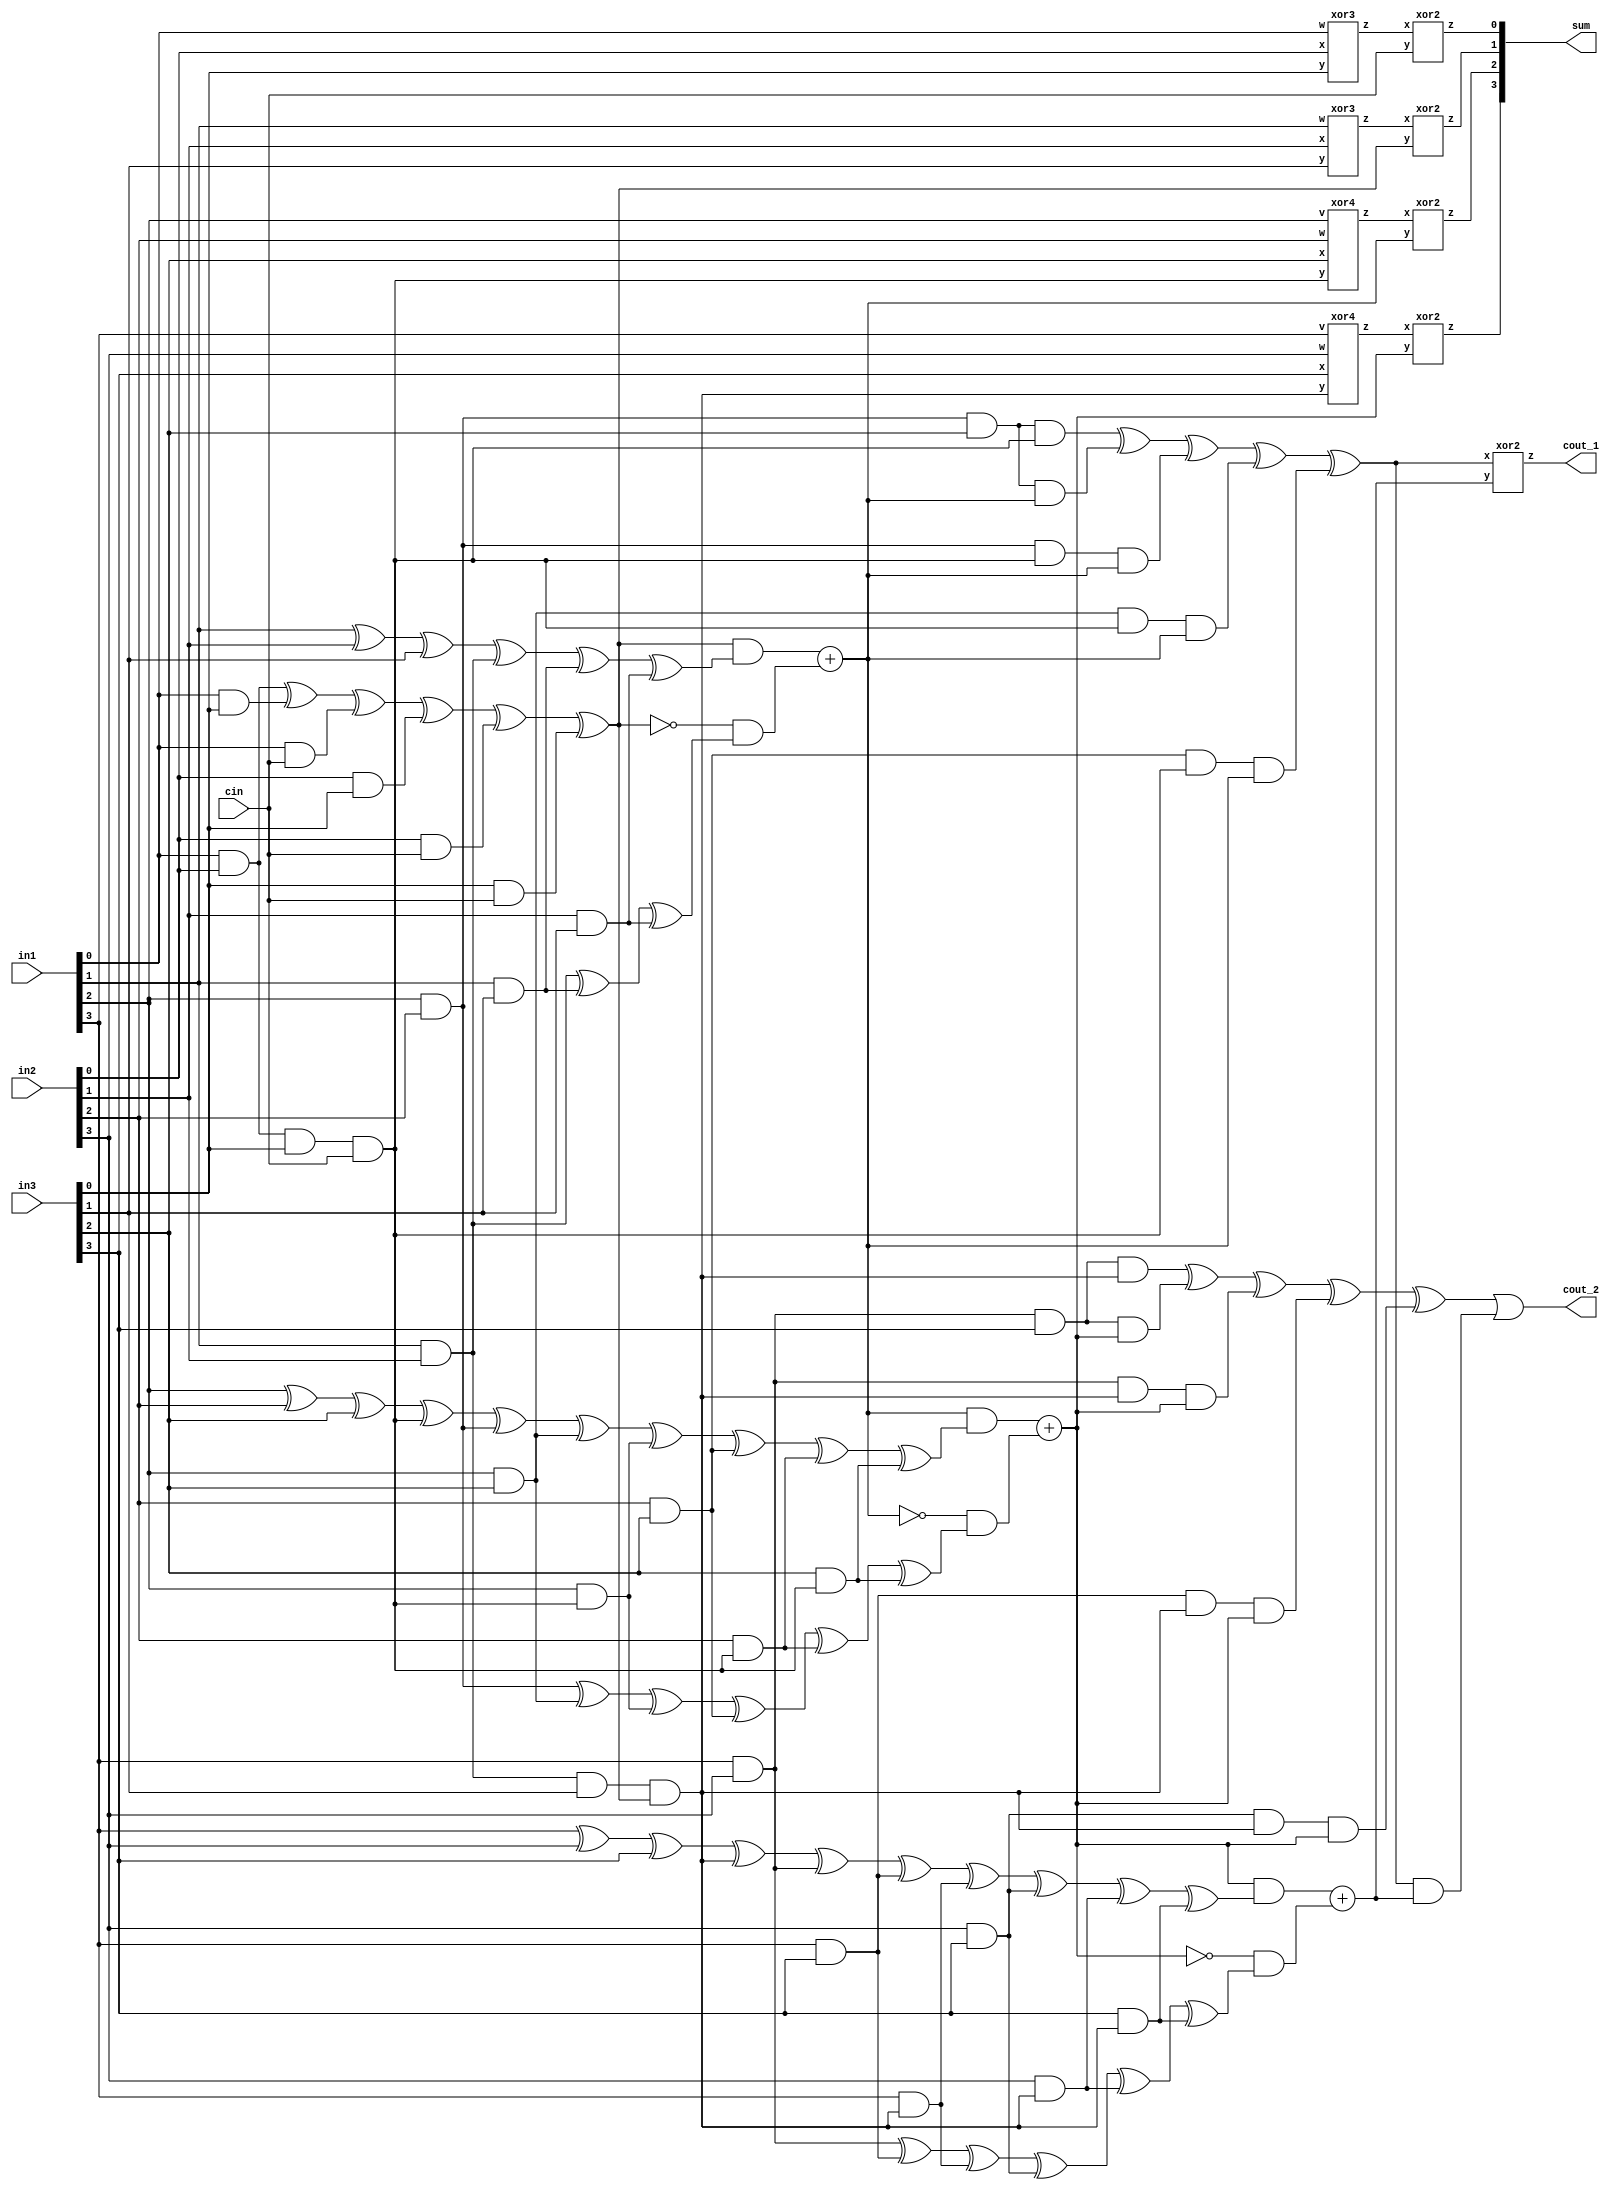
module carry_lookahead_adder_3_4bits(output [3:0] sum,
                                   output cout_1, cout_2,
                                   input [3:0] in1, in2, in3,
                                   input cin);

  /*
   * Area: 264.685196
   * Power: 0.1007
   * Timing: 0.74ns
   */

  wire a,b,c,d,e,f,g,h,i,j,k,l,m,n,o;

  wire [5:0] P, C;
  wire [3:0] D;

  xor3 XOR1(P[0], in1[0], in2[0], in3[0]);
  xor3 XOR2(P[1], in1[1], in2[1], in3[1]);
  xor4 XOR3(P[2], in1[2], in2[2], in3[2], D[0]);
  xor4 XOR4(P[3], in1[3], in2[3], in3[3], D[1]);
  assign P[4] =  D[2];
  assign P[5] =  D[3];

  and AND1(D[0], in1[0], in2[0], in3[0], C[0]);
  and AND2(D[1], in1[1], in2[1], in3[1], C[1]);

  assign D[2] = (in1[2] & in2[2] & in3[2] & D[0]) ^ (in1[2] & in2[2] & in3[2] & C[2]) ^ (in1[2] & in2[2] & D[0] & C[2]) ^ (in1[2] & in3[2] & D[0] & C[2]) ^ (in2[2] & in3[2] & D[0] & C[2]);
  assign D[3] = (in1[3] & in2[3] & in3[3] & D[1]) ^ (in1[3] & in2[3] & in3[3] & C[3]) ^ (in1[3] & in2[3] & D[1] & C[3]) ^ (in1[3] & in3[3] & D[1] & C[3]) ^ (in2[3] & in3[3] & D[1] & C[3]);


  assign C[0]   = cin;
  assign C[1]   = (in1[0] & in2[0]) ^ (in1[0] & in3[0]) ^ (in1[0] & C[0]) ^ (in2[0] & in3[0]) ^ (in2[0] & C[0])   ^ (in3[0] & C[0]);
  //xor2 XOR6(a, in1[0] & in2[0], in1[0] & in3[0]);
  //xor2 XOR7(b, in1[0] & C[0], in2[0] & in3[0]);
  //xor2 XOR8(c, in2[0] & C[0], in3[0] & C[0]);
  //xor3 XOR9(C[1], a, b, c);
  


  //assign C[2]   = (in1[1] & in2[1]) ^ (in1[1] & in3[1]) ^ (in1[1] & C[1]) ^ (in2[1] & in3[1]) ^ (in2[1] & C[1])   ^ (in3[1] & C[1]);
  //xor2 XOR10(d, in1[1] & in2[1], in1[1] & in3[1]);
  //xor2 XOR11(e, in1[1] & C[1], in2[1] & in3[1]);
  //xor2 XOR12(f, in2[1] & C[1], in3[1] & C[1]);
  //xor3 XOR13(C[2], d, e, f); 
  assign C[2] = (C[1] & (in1[1] ^ in2[1] ^ in3[1] ^ (in1[1] & in2[1]) ^ (in1[1] & in3[1]) ^ (in2[1] & in3[1]))) + (~C[1] & ((in1[1] & in2[1]) ^ (in1[1] & in3[1]) ^ (in2[1] & in3[1])));

  //assign C[3]   = (in1[2] & in2[2]) ^ (in1[2] & in3[2]) ^ (in1[2] & C[2]) ^ (in1[2] & D[0])   ^ (in2[2] & in3[2]) ^ (in2[2] & C[2]) ^ (in2[2] & D[0]) ^ (in3[2] & C[2]) ^ (in3[2] & D[0]) ^ (C[2] & D[0]);
  assign C[3]   = (C[2] & (in1[2] ^ in2[2] ^ in3[2] ^ D[0] ^ (in1[2] & in2[2]) ^ (in1[2] & in3[2]) ^ (in1[2] & D[0]) ^ (in2[2] & in3[2]) ^ (in2[2] & D[0]) ^ (in3[2] & D[0]))) + (~C[2] & ((in1[2] & in2[2]) ^ (in1[2] & in3[2]) ^  (in1[2] & D[0]) ^ (in2[2] & in3[2]) ^ (in2[2] & D[0]) ^ (in3[2] & D[0])));



  //assign C[4]   = (in1[3] & in2[3]) ^ (in1[3] & in3[3]) ^ (in1[3] & C[3]) ^ (in1[3] & D[1])   ^ (in2[3] & in3[3]) ^ (in2[3] & C[3]) ^ (in2[3] & D[1]) ^ (in3[3] & C[3]) ^ (in3[3] & D[1]) ^ (C[3] & D[2]);
  assign C[4]   = (C[3] & (in1[3] ^ in2[3] ^ in3[3] ^ D[1] ^ (in1[3] & in2[3]) ^ (in1[3] & in3[3]) ^ (in1[3] & D[1]) ^ (in2[3] & in3[3]) ^ (in2[3] & D[1]) ^ (in3[3] & D[1]))) + (~C[3] & ((in1[3] & in2[3]) ^ (in1[3] & in3[3]) ^  (in1[3] & D[1]) ^ (in2[3] & in3[3]) ^ (in2[3] & D[1]) ^ (in3[3] & D[1])));

  assign C[5]   = D[2] & C[4];

  xor2 XOR20(sum[0], P[0], C[0]);
  xor2 XOR21(sum[1], P[1], C[1]);
  xor2 XOR22(sum[2], P[2], C[2]);
  xor2 XOR23(sum[3], P[3], C[3]);
  xor2 XOR24(cout_1, P[4], C[4]);
  or XOR25(cout_2, P[5], C[5]);
endmodule

module carry_lookahead_adder_3_4bits_part3(output [3:0] sum,
                                   output cout_1, cout_2,
                                   input [3:0] in1, in2, in3,
                                   input cin);


  wire c1, c2;
  wire [5:0] P;
  wire [3:0] C, G, D;

  assign D[0] = in1[0] & in2[0] & in3[0] & C[0];
  assign D[1] = in1[1] & in2[1] & in3[1] & C[1];
  assign D[2] = in1[2] & in2[2] & in3[2];
  assign D[3] = in1[3] & in2[3] & in3[3];
  

  assign G[0] = (in1[0] & in2[0]) ^ (in1[0] & in3[0]) ^ (in2[0] & in3[0]);
  assign G[1] = (in1[1] & in2[1]) ^ (in1[1] & in3[1]) ^ (in2[1] & in3[1]);
  assign G[2] = (in1[2] & in2[2]) ^ (in1[2] & in3[2]) ^ (in2[2] & in3[2]) ^ (in1[2] & (D[0] & C[0])) ^ (in2[2] & (D[0] & C[0])) ^ (in3[2] & (D[0] & C[0]));
  assign G[3] = (in1[3] & in2[3]) ^ (in1[3] & in3[3]) ^ (in2[3] & in3[3]) ^ (in1[3] & (D[1] & C[1])) ^ (in2[3] & (D[1] & C[1])) ^ (in3[3] & (D[1] & C[1]));

  xor3 XOR0(P[0], in1[0], in2[0], in3[0]); //assign P[0] = in1[0] ^ in2[0] ^ in3[0];
  xor3 XOR1(P[1], in1[1], in2[1], in3[1]); //assign P[1] = in1[1] ^ in2[1] ^ in3[1];
  xor4 XOR2(P[2], in1[2], in2[2], in3[2], D[0]);
  xor4 XOR3(P[3], in1[3], in2[3], in3[3], D[1]);

  assign P[4] = D[2] & C[2];
  assign P[5] = D[3] & C[3];
  
  assign C[0] = cin;
  xor2 XOR5(C[1], G[0], P[0] & C[0]); //assign C[1] = G[0] ^ (P[0] & C[0]);
  xor2 XOR6(C[2], G[1], P[1] & C[1]); //assign c1   = G[1] ^ (P[1] & C[1]);
  xor2 XOR7(C[3], G[2], P[2] & C[2]);
  xor2 XOR8(c1,   G[3], P[3] & C[3]);
  assign c2   = P[4] & c1;

  assign sum[0] = P[0] ^ C[0];
  assign sum[1] = P[1] ^ C[1];
  assign sum[2] = P[2] ^ C[2];
  assign sum[3] = P[3] ^ C[3];
  assign cout_1 = P[4] ^ c1;
  assign cout_2 = P[5] ^ c2;
endmodule


module carry_lookahead_adder_3_4bits_part2(output [3:0] sum,
                                   output cout_1, cout_2,
                                   input [3:0] in1, in2, in3,
                                   input cin);


  wire [3:0] G, P, C, D;

  assign D = in1 & in2 & in3;
  assign G = (in1 & in2) ^ (in1 & in3) ^ (in2 & in3);

  xor3 XOR1(P[0], in1[0], in2[0], in3[0]);
  xor3 XOR2(P[1], in1[1], in2[1], in3[1]);
  xor3 XOR3(P[2], in1[2], in2[2], in3[2]);
  xor3 XOR4(P[3], in1[3], in2[3], in3[3]);

  assign C[0]   = cin;
  xor2 XOR5(C[1], G[0], P[0] & C[0]);

  assign C[2]   = (G[1] ^ (P[1] & C[1])) | (D[0] & C[0]);
  assign C[3]   = (G[2] ^ (P[2] & C[2])) | (D[1] & C[1]);
  assign cout_1 = (G[3] ^ (P[3] & C[3])) | (D[2] & C[2]);
  assign cout_2 =                           D[3] & C[3];

  assign sum = P ^ C;



endmodule

module carry_lookahead_adder_3_4bits_part1(output [3:0] sum,
                                   output cout_1, cout_2,
                                   input [3:0] in1, in2, in3,
                                   input cin);


  wire [3:0] G, P, C;

  assign G = in1 & in2 & in3;
  assign P = in1 ^ in2 ^ in3;

  assign C[0]   =   cin;
  assign C[1]   =  (in1[0] & in2[0]) ^ (in1[0] & in3[0]) ^ (in2[0] & in3[0]) ^ (in1[0] & C[0]) ^ (in2[0] & C[0]) ^ (in3[0] & C[0]);
  assign C[2]   = ((in1[1] & in2[1]) ^ (in1[1] & in3[1]) ^ (in2[1] & in3[1]) ^ (in1[1] & C[1]) ^ (in2[1] & C[1]) ^ (in3[1] & C[1])) | (G[0] & C[0]); 
  assign C[3]   = ((in1[2] & in2[2]) ^ (in1[2] & in3[2]) ^ (in2[2] & in3[2]) ^ (in1[2] & C[2]) ^ (in2[2] & C[2]) ^ (in3[2] & C[2])) | (G[1] & C[1]);
  assign cout_1 = ((in1[3] & in2[3]) ^ (in1[3] & in3[3]) ^ (in2[3] & in3[3]) ^ (in1[3] & C[3]) ^ (in2[3] & C[3]) ^ (in3[3] & C[3])) | (G[2] & C[2]);
  assign cout_2 =  (G[3] & C[3]);

  assign sum[0] = P[0] ^ C[0];
  assign sum[1] = P[1] ^ C[1];
  assign sum[2] = P[2] ^ C[2];
  assign sum[3] = P[3] ^ C[3];
endmodule

module time_cal(output wire z,
           input wire x);
  assign z = x;
endmodule

module and2(output wire z,
           input wire x,
           input wire y);
  assign z = x & y;
endmodule

module or2(output wire z,
           input wire x,
           input wire y);
  assign z = x | y;
endmodule

module xor2(output wire z,
           input wire x,
           input wire y);
  assign z = x ^ y;
endmodule

module and3(output wire z,
           input wire w,
           input wire x,
           input wire y);
  assign z = w & x & y;
endmodule

module xor3(output wire z,
           input wire w,
           input wire x,
           input wire y);
  assign z = w ^ x ^ y;
endmodule

module xor4(output wire z,
           input wire v,
           input wire w,
           input wire x,
           input wire y);
  assign z = v ^ w ^ x ^ y;
endmodule

module xor5(output wire z,
           input wire u,
           input wire v,
           input wire w,
           input wire x,
           input wire y);
  assign z = u ^ v ^ w ^ x ^ y;
endmodule

module xor6(output wire z,
           input wire t,
           input wire u,
           input wire v,
           input wire w,
           input wire x,
           input wire y);
  assign z = t ^ u ^ v ^ w ^ x ^ y;
endmodule